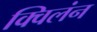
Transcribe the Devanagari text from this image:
क्विलंन